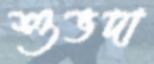
শুভদা